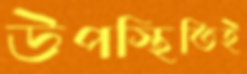
উপস্থিতিই